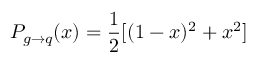
P _ { g \to q } ( x ) = \frac { 1 } { 2 } [ ( 1 - x ) ^ { 2 } + x ^ { 2 } ]